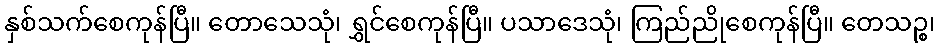
နှစ်သက်စေကုန်ပြီ။ တောသေသုံ၊ ရွှင်စေကုန်ပြီ။ ပသာဒေသုံ၊ ကြည်ညိုစေကုန်ပြီ။ တေသဉ္စ၊